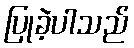
ပြုခဲ့ပါသည်